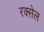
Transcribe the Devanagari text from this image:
रक्सेल